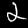
Digit: 2